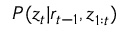
P ( z _ { t } | r _ { t - 1 } , \boldsymbol { z } _ { 1 : t } )